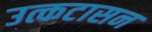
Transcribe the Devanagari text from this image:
उत्कटासन